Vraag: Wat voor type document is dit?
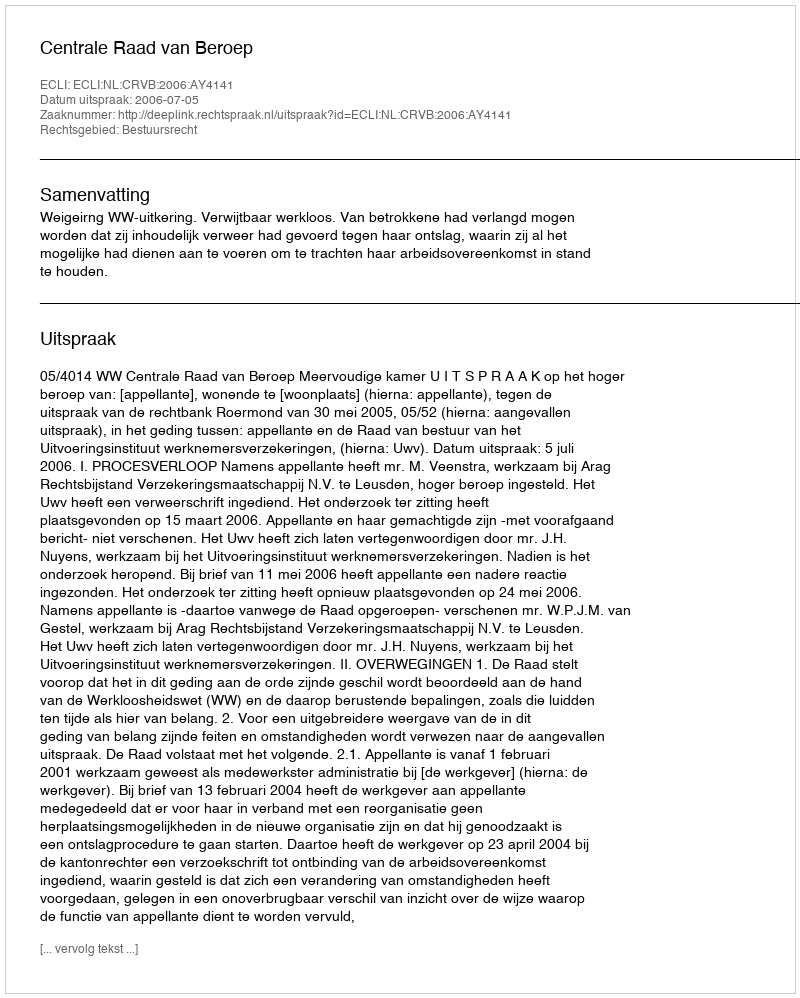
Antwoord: Uitspraak